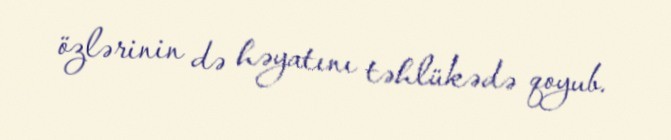
özlərinin də həyatını təhlükədə qoyub.